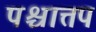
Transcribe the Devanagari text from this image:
पश्चात्तप